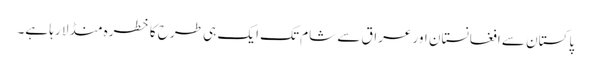
پاکستان سے افغانستان اور عراق سے شام تک ایک ہی طرح کا خطرہ منڈلا رہا ہے۔